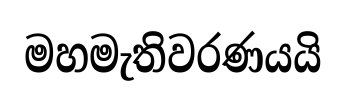
මහමැතිවරණයයි